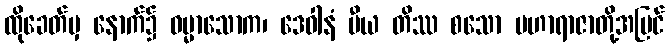
ထိုခေတ်မှ နောက်၌ ဓမ္မာသောက၊ ဒေဝါနံ ပီယ တိဿ စသော မဟာရာဇာတို့အပြင်